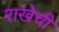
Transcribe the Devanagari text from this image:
राखेची